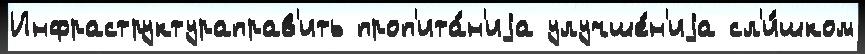
Инфраструктураправ'ить проп'ита́н'иjа улучше́н'иjа сл'и́шком